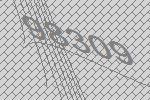
98309